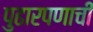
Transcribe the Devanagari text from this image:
पुढारपणाची